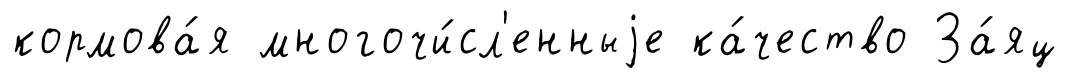
кормова́я многочи́сл'енныjе ка́чество За́яц